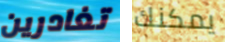
تغادرين يمكنك